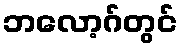
ဘလော့ဂ်တွင်